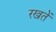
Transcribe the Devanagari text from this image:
रखतेें